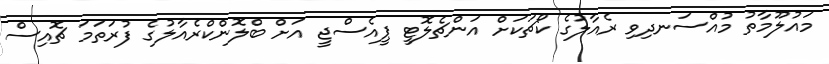
މައުލޫމާތު މުއްސަނދިވި ރެއާލުގެ ކޯޗަކަށް އަންޗެލޮޓީ ޕީއެސްޖީ އަށް ބްލޮންކްރެއާލުގެ ފުރަތަމަ ޗޮއިސް